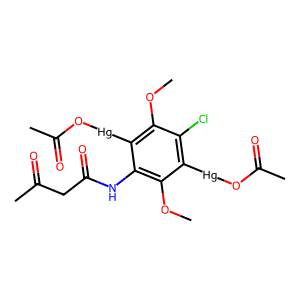
SMILES: COc1c(NC(=O)CC(C)=O)c([Hg]OC(C)=O)c(OC)c(Cl)c1[Hg]OC(C)=O
Inhibits HIV replication: No